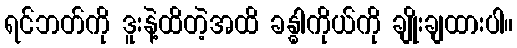
ရင်ဘတ်ကို ဒူးနဲ့ထိတဲ့အထိ ခန္ဓါကိုယ်ကို ချိုးချထားပါ။